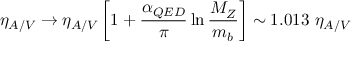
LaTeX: \eta _ { A / V } \to \eta _ { A / V } \left[ 1 + \frac { \alpha _ { Q E D } } { \pi } \ln \frac { M _ { Z } } { m _ { b } } \right] \sim 1 . 0 1 3 \, \, \eta _ { A / V }